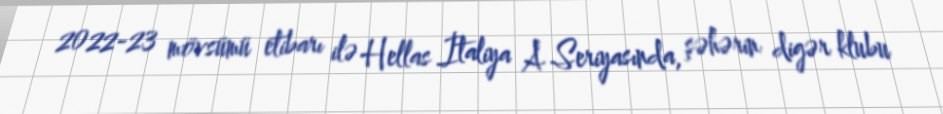
2022-23 mövsümü etibarı ilə Hellas İtaliya A Seriyasında, şəhərin digər klubu